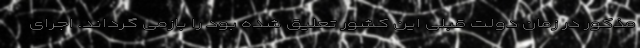
مذکور در زمان دولت قبلی این کشور تعلیق شده بود را بازمی گرداند. اجرای